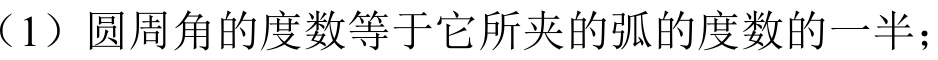
（1）圆周角的度数等于它所夹的弧的度数的一半；